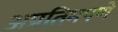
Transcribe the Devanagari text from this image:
अप्रतिमपणे